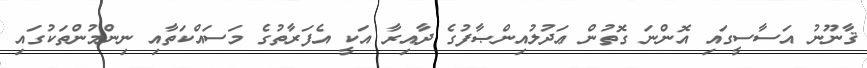
ޤާނޫނު އަސާސީގައި އޮންނަ ގޮތުން ޢަދުލުއިންޞާފުގެ ދާއިރާ އަކީ އެފަރާތުގެ މަސައްކަތާއި ނިންމުންތަކުގައި